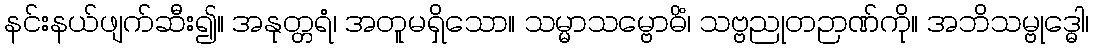
နင်းနယ်ဖျက်ဆီး၍။ အနုတ္တရံ၊ အတူမရှိသော။ သမ္မာသမ္ဗောဓိံ၊ သဗ္ဗညုတဉာဏ်ကို။ အဘိသမ္ဗုဒ္ဓေါ၊